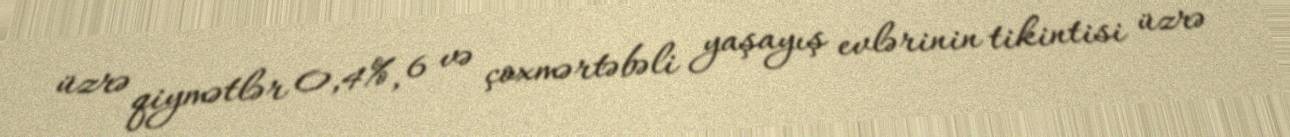
üzrə qiymətlər 0,4%, 6 və çoxmərtəbəli yaşayış evlərinin tikintisi üzrə